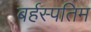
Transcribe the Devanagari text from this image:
बर्हस्पतिम